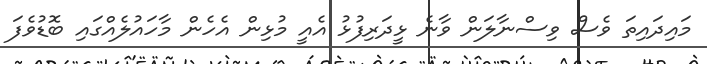
މައިދައިތަ ވެސް ވިސްނާލަން ވާނެ ޅީދަރިފުޅު އެއީ މުޅިން އެހެން މާހައުލެެއްގައި ބޮޑުވެފަ